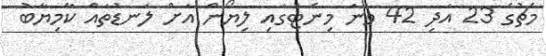
މެޗުގެ 23 އަދި 42 ވަނަ މިނެޓުގައި ލިޔޯން އަށް ލަނޑުތައް ކާމިޔާބު